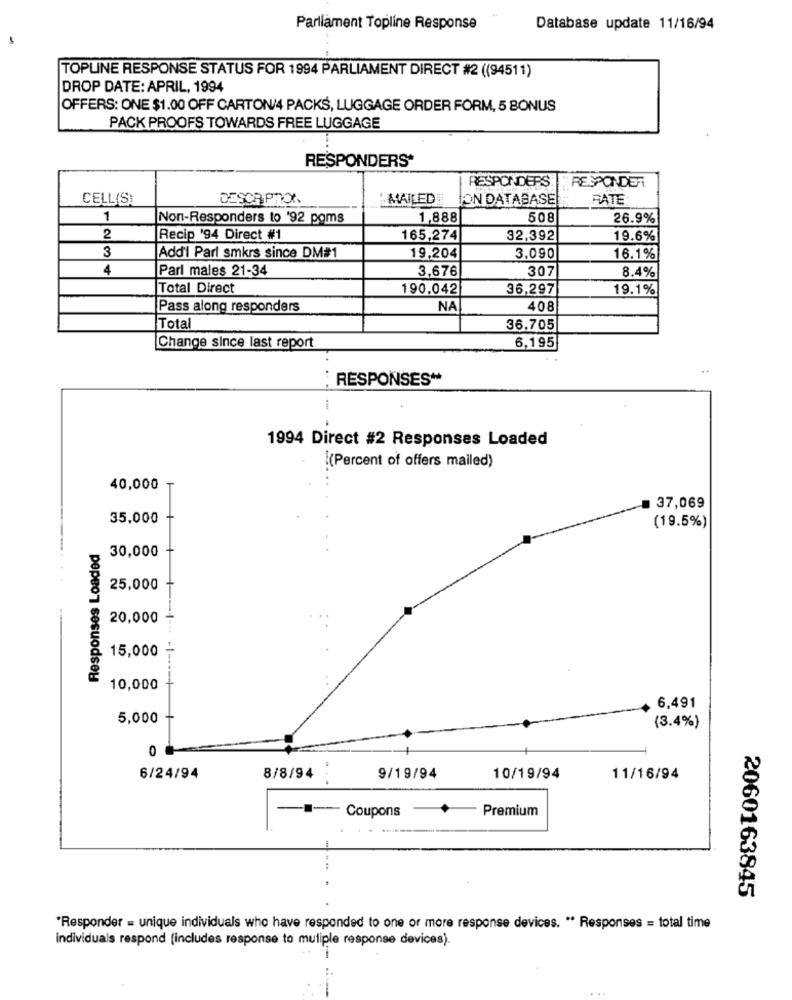
Parliament Topline Response
Database update 11/16/94
TOPLINE RESPONSE STATUS FOR 1994 PARLIAMENT DIRECT #2 ((94511)
DROP DATE: APRIL, 1994
OFFERS: ONE $1.00 OFF CARTON/4 PACKS, LUGGAGE ORDER FORM, 5 BONUS
PACK PROOFS TOWARDS FREE LUGGAGE
RESPONDERS*
RESPONDERS
RESPONDER
CELL(S)
DESCRIPTION
MAILED !!
JON DATABASE
RATE:
1
Non-Responders to '92 poms
1,888
508
26.9%
2
Recip '94 Direct #1
165,274
32,392
19.6%
3
Add'l Parl smkrs since DM#1
19,204
3.090
16.1%
4
Parl males 21-34
3,676
307
8.4%
Total Direct
190,042
36,297
19.1%
Pass along responders
NA
408
Total
36,705
Change since last report
6,195
: RESPONSES **
i
1994 Direct #2 Responses Loaded
.(Percent of offers mailed)
40,000
37,069
35,000 +
(19.5%)
Responses Loaded
30,000 +
25,000
20,000
15,000
-1
10,000
6,491
5,000
(3.4%)
0
6/24/94
8/8/94
9/19/94
10/19/94
11/16/94
--- Coupons
Premium
2060163845
*Responder = unique individuals who have responded to one or more response devices. "* Responses = total time
individuals respond (includes response to muliple response devices).